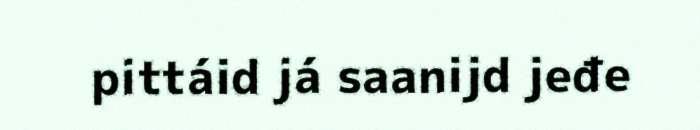
pittáid já saanijd jeđe